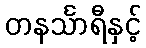
တနင်္သာရီနှင့်